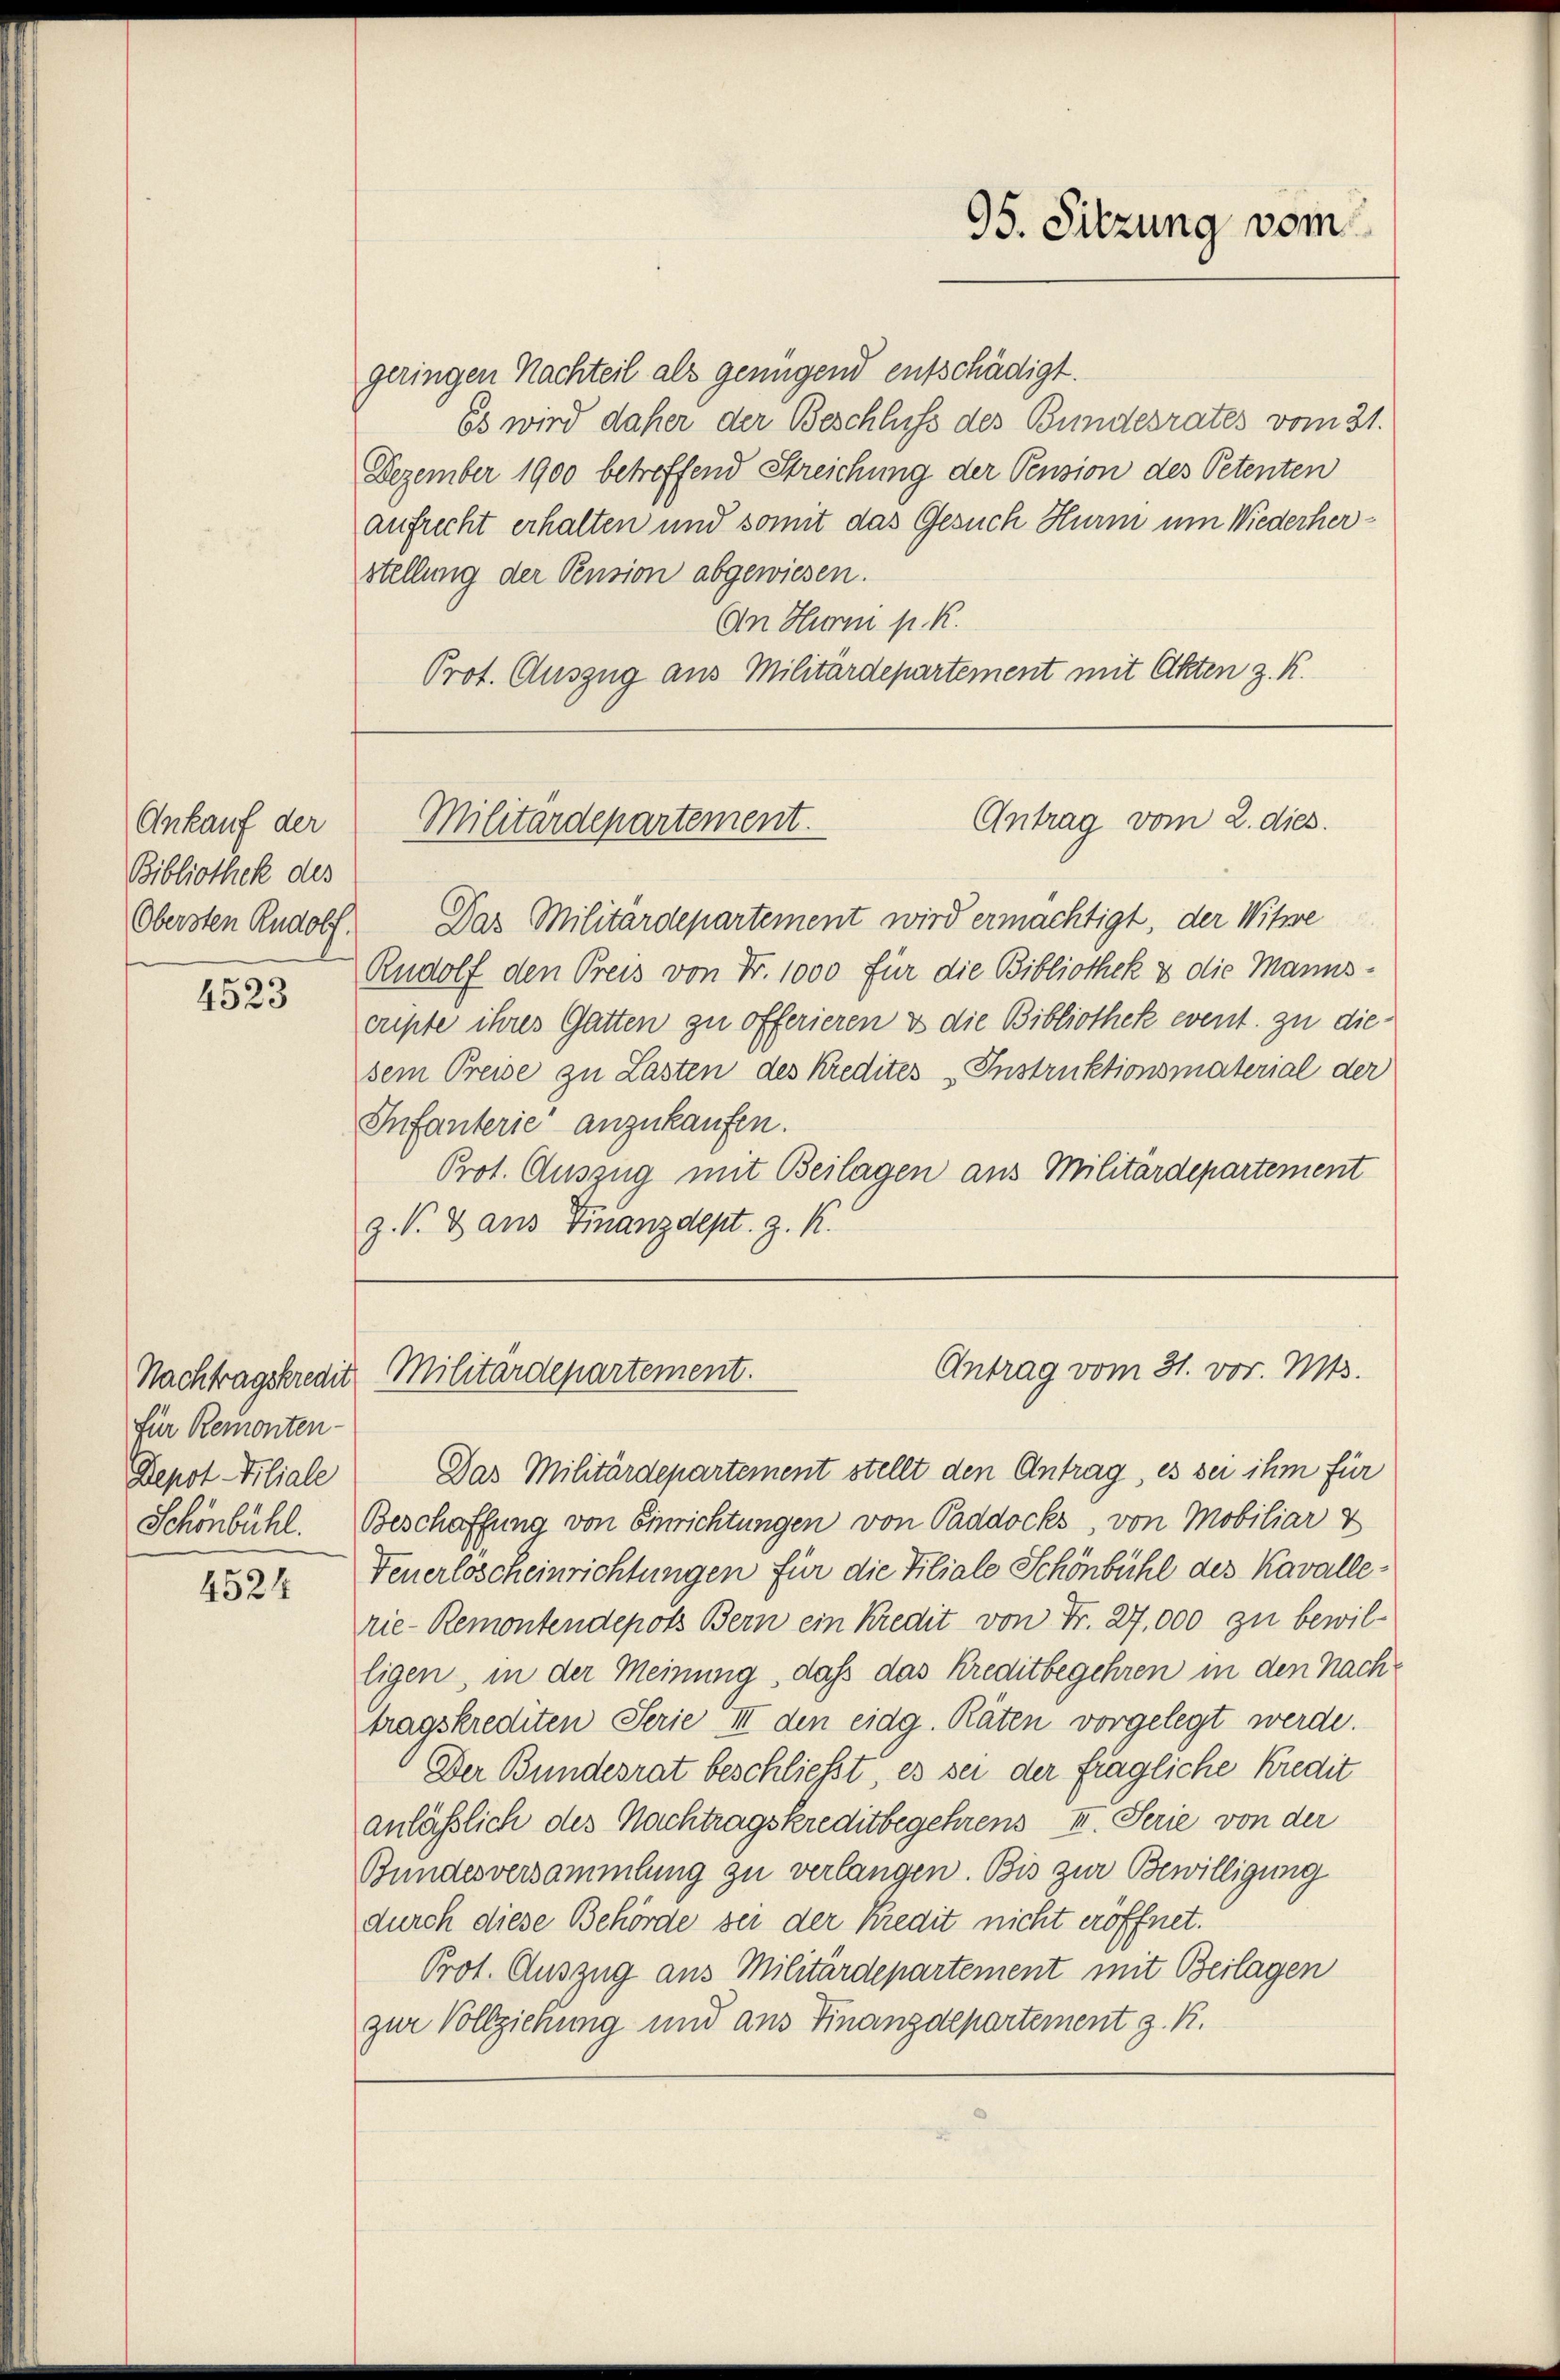
Ankauf der
Bibliothek des
Obersten Rudolf.

4523

Nachtragskredit
für Remonten-
Depot Filiale

4524

geringen Nachteil als genügend entschädigt.
Es wird daher der Beschluss des Bundesrates vom 31.
Dezember 1900 betreffend Streichung der Pension des Petenten
aufrecht erhalten und somit das Gesuch Hurm um Wiederherstellung der Pension abgewiesen.
An Hurni p. R.
Prot. Auszug aus Militärdepartement mit Akten z. R.

95. Sitzung vom

Antrag vom 2. dies.
Militärdepartement.

Das Militärdepartement wird ermächtigt, der Witwe
Rudolf den Preis von Fr. 1000 für die Bibliothek & die Mannscupte ihres Gatten zu offerieren & die Bibliothek event. zu diesem Preise zu Lasten des Kredites Instruktionsmaterial der
Infanterie anzukaufen.
Prot. Auszug mit Beilagen aus Militärdepartement
z. V. Dans Finanzdept. z. K.

Antrag vom 31. vor. Mts.
Militärdepartement.

Das Militärdepartement stellt den Antrag, es sei ihm für
Schönbühl. Beschaffung von Einrichtungen von Paddocks, von Mobiliar V
Feuerlöscheinrichtungen für die Filiale Schönbühl des Kavallerie-Remontendepots Bern ein Kredit von Fr. 27,000 zu bewil-
ligen, in der Meinung, daß das Kreditbegehren in den Nachtragskrediten Serie III den eidg. Räten vorgelegt werde.
Der Bundesrat beschließt, es sei der fragliche Kredit
anläßlich des Nachtragskreditbegehrens III. Serie von der
Bundesversammlung zu verlangen. Bis zur Bewilligung
durch diese Behörde sei der Kredit nicht eröffnet.
Prot. Auszug aus Militärdepartement mit Beilagen
zur Vollziehung und aus Finanzdepartement z. R.